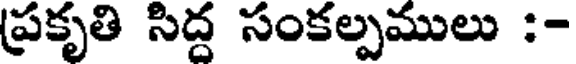
ప్రకృతి సిద్ద సంకల్పములు :-